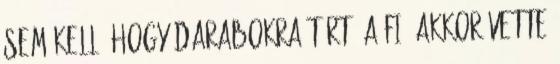
sem kell, hogy darabokra tört. A fiú akkor vette